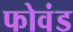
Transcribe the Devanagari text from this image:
फोवंड